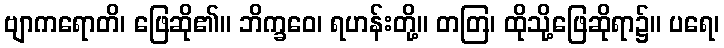
ဗျာကရောတိ၊ ဖြေဆို၏။ ဘိက္ခဝေ၊ ရဟန်းတို့။ တတြ၊ ထိုသို့ဖြေဆိုရာ၌။ ပရေ၊